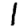
Digit: 1